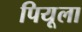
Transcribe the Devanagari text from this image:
पियूला